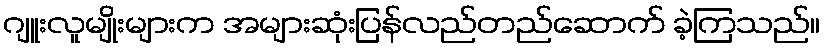
ဂျူးလူမျိုးများက အများဆုံးပြန်လည်တည်ဆောက် ခဲ့ကြသည်။